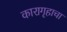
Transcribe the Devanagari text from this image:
कारागृहाचा